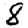
Digit: 8